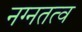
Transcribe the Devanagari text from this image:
नग्नतत्व